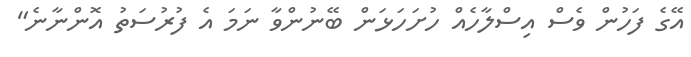
އޭގެ ފަހުން ވެސް އިސްލާހެއް ހުށަހަޅަން ބޭނުންވާ ނަމަ އެ ފުރުސަތު އޮންނާނެ"